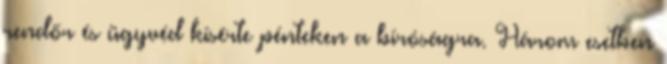
rendőr és ügyvéd kísérte pénteken a bíróságra. Három esetben